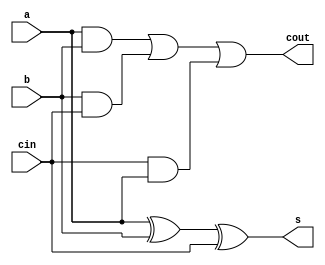
`timescale 1ns/1ps
module full_adder_behavioral (
  input a,    // Input 'a'
  input b,    // Input 'b'
  input cin,  // Input 'cin' (Carry-in)
  output s,   // Output 's' (Sum)
  output cout // Output 'cout' (Carry-out)
);

  assign s = a ^ b ^ cin;  // Sum
  assign cout = (a & b) | (b & cin) | (cin & a);  // Carry-out

endmodule